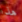
هذا